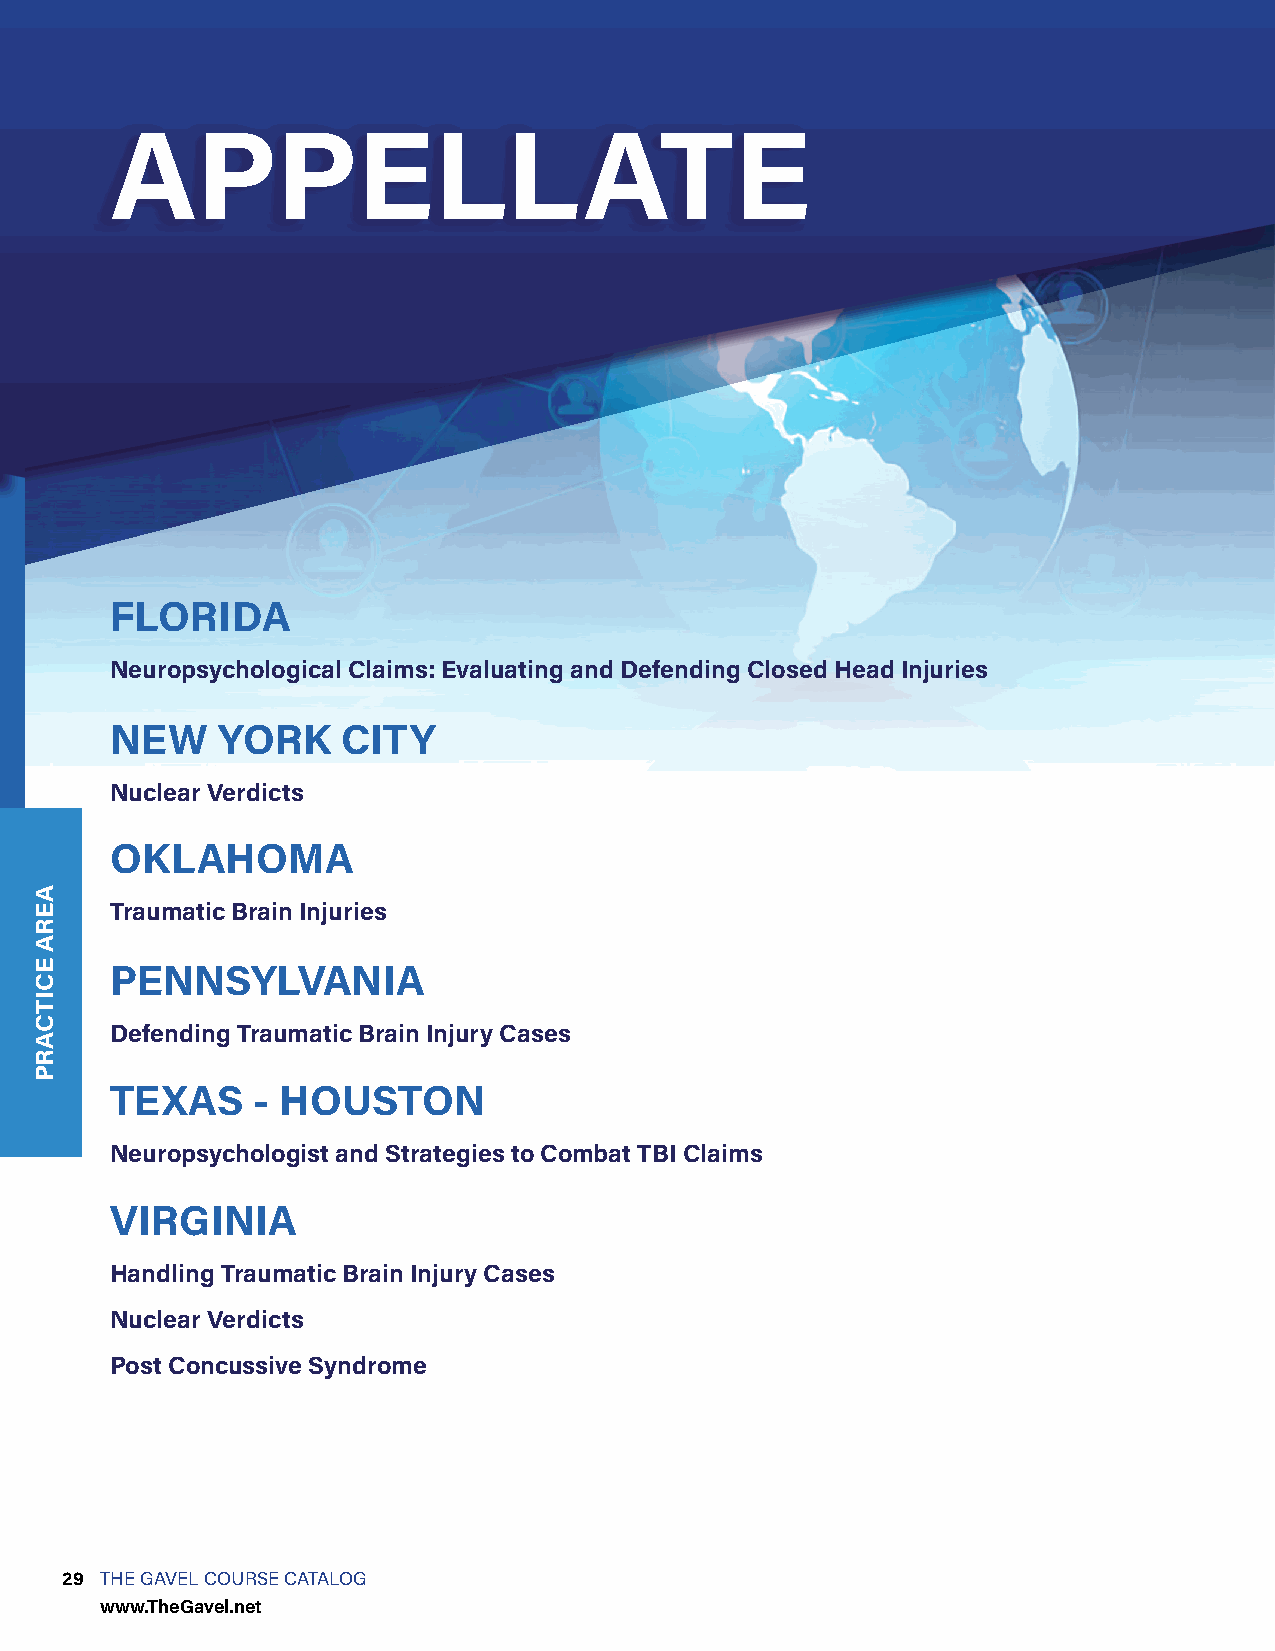
APPELLATE
 FLORIDA
 Neuropsychological Claims: Evaluating and Defending Closed Head Injuries
 NEW    YORK     CITY
 Nuclear Verdicts
 OKLAHOMA
 Traumatic Brain Injuries
 PENNSYLVANIA
 Defending Traumatic Brain Injury Cases
 TEXAS     - HOUSTON
 Neuropsychologist and Strategies to Combat TBI Claims
 VIRGINIA
 Handling Traumatic Brain Injury Cases
 Nuclear Verdicts
 Post Concussive Syndrome
 29 THE GAVEL COURSE CATALOG
 www.TheGavel.net
 AERA
 ECITCARP